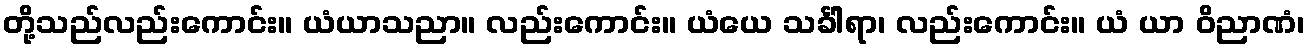
တို့သည်လည်းကောင်း။ ယံယာသညာ။ လည်းကောင်း။ ယံယေ သင်္ခါရာ၊ လည်းကောင်း။ ယံ ယာ ဝိညာဏံ၊